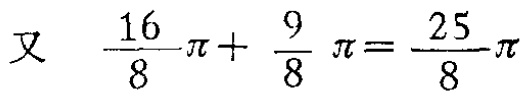
又 $\frac{16}{8}\pi+\frac{9}{8}\pi=\frac{25}{8}\pi$